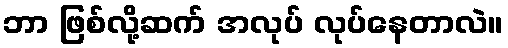
ဘာ ဖြစ်လို့ဆက် အလုပ် လုပ်နေတာလဲ။